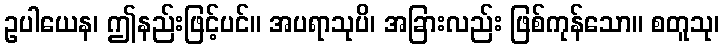
ဥပါယေန၊ ဤနည်းဖြင့်ပင်။ အပရာသုပိ၊ အခြားလည်း ဖြစ်ကုန်သော။ စတူသု၊